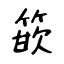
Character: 篏